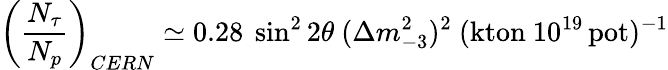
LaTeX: \left({\frac{N_{\tau}}{N_{p}}}\right)_{CERN}\simeq 0.28~\sin^{2}2\theta~(\Delta m_{-3}^{2})^{2}~(\mathrm{kton}~10^{19}\, \mathrm{pot})^{-1}